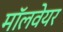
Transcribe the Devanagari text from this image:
मॉलवेयर